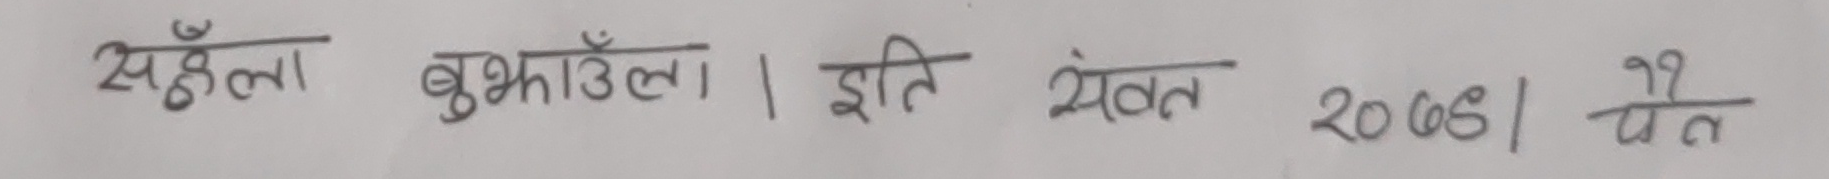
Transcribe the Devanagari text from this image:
खुँहला बुझाऊँला। इति संवत 2068। चैत